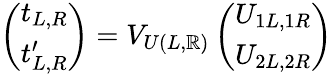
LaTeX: \left(\begin{array}{c}{{t_{L,R}}}\\ {{t_{L,R}^{\prime}}}\end{array}\right)=V_{U(L,\mathbb{R})}\left(\begin{array}{c}{{U_{1L,1R}}}\\ {{U_{2L,2R}}}\end{array}\right)